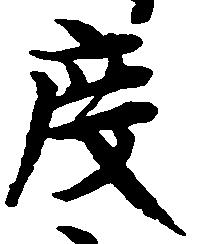
度